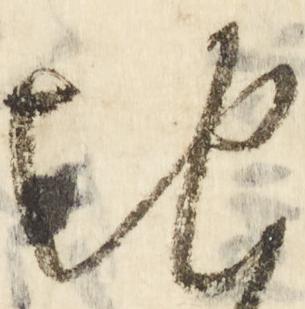
地